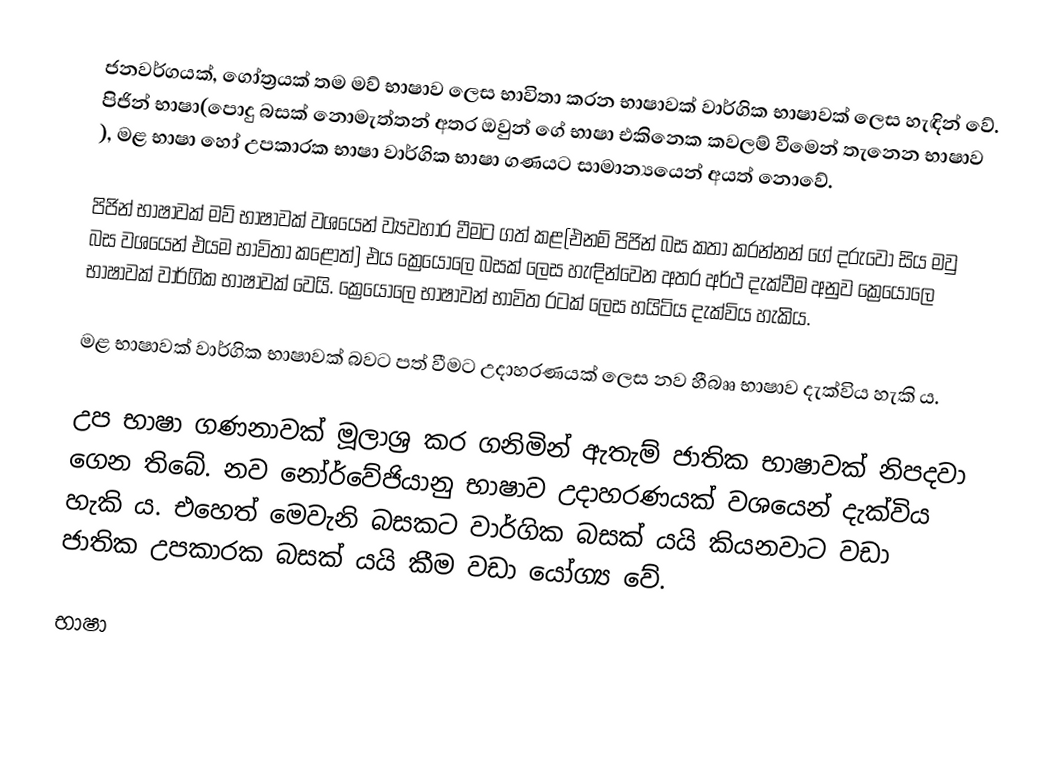
ජනවර්ගයක්, ගෝත්‍රයක් තම මව් භාෂාව ලෙස භාවිතා කරන භාෂාවක් වාර්ගික භාෂාවක් ලෙස හැඳින් වේ. පිජින් භාෂා(පොදු බසක් නොමැත්තන් අතර ඔවුන් ගේ භාෂා එකිනෙක කවලම් වීමෙන් තැනෙන භාෂාව ), මළ භාෂා හෝ උපකාරක භාෂා වාර්ගික භාෂා ගණයට සාමාන්‍යයෙන් අයත් නොවේ.

පිජින් භාෂාවක් මව් භාෂාවක් වශයෙන් ව්‍යවහාර වීමට ගත් කළ(එනම් පිජින් බස කතා කරන්නන් ගේ දරුවෝ සිය මවු බස වශයෙන් එයම භාවිතා කළොත්) එය ක්‍රෙයෝලෙ බසක් ලෙස හැඳින්වෙන අතර අර්ථ දැක්වීම අනුව ක්‍රෙයෝලෙ භාෂාවක් වාර්ගික භාෂාවක් වෙයි. ක්‍රෙයෝලෙ භාෂාවන් භාවිත රටක් ලෙස හයිටිය දැක්විය හැකිය.

මළ භාෂාවක් වාර්ගික භාෂාවක් බවට පත් වීමට උදාහරණයක් ලෙස නව හීබෲ භාෂාව දැක්විය හැකි ය​.

උප භාෂා ගණනාවක් මූලාශ්‍ර කර ගනිමින් ඇතැම් ජාතික භාෂාවක් නිපදවා ගෙන තිබේ. නව නෝර්වේජියානු භාෂාව උදාහරණයක් වශයෙන් දැක්විය හැකි ය​. එහෙත් මෙවැනි බසකට වාර්ගික බසක් යයි කියනවාට වඩා ජාතික උපකාරක බසක් යයි කීම වඩා යෝග්‍ය වේ.

භාෂා